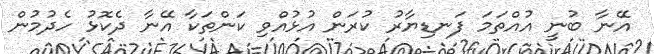
އޭނާ ބުނީ އުއްތަމަ ފަނޑިޔާރު ކުރަން އުޅުއްވި ކަންތަކާ އޭނާ ދެކޮޅު ހެދުމުން